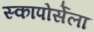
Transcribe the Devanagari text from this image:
स्कापोर्सेला